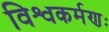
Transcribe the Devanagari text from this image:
विश्वकर्मणः